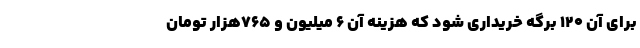
برای آن ۱۲۰ برگه خریداری شود که هزینه آن ۶ میلیون و ۷۶۵هزار تومان